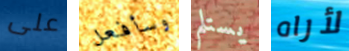
على وسأفعل يستلم لأراه